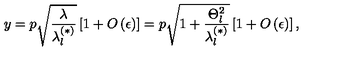
y = p \sqrt { \frac { \lambda } { \lambda _ { l } ^ { ( \ast ) } } } \left[ 1 + O \left( \epsilon \right) \right] = p \sqrt { 1 + \frac { \Theta _ { l } ^ { 2 } } { \lambda _ { l } ^ { ( \ast ) } } } \left[ 1 + O \left( \epsilon \right) \right] ,